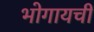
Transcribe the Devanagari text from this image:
भोगायची